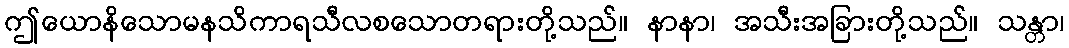
ဤယောနိသောမနသိကာရသီလစသောတရားတို့သည်။ နာနာ၊ အသီးအခြားတို့သည်။ သန္တာ၊